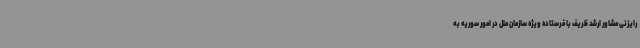
رایزنی مشاور ارشد ظریف با فرستاده ویژه سازمان ملل در امور سوریه به